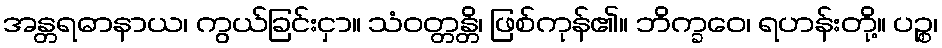
အန္တရဓာနာယ၊ ကွယ်ခြင်းငှာ။ သံဝတ္တန္တိ၊ ဖြစ်ကုန်၏။ ဘိက္ခဝေ၊ ရဟန်းတို့။ ပဉ္စ၊